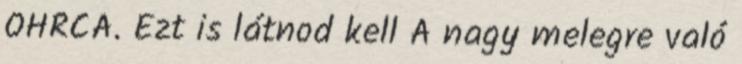
OHRCA. Ezt is látnod kell A nagy melegre való